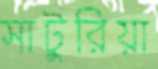
সাটুরিয়া